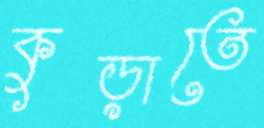
কুড়াতে